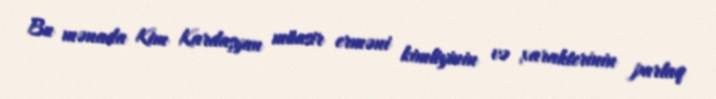
Bu mənada Kim Kardaşyan müasir erməni kimliyinin və xarakterinin parlaq